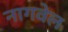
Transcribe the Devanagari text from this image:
नागवेल